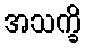
အသက္ခိ